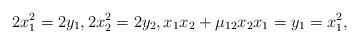
LaTeX: \begin{align*}2 x_1^2 = 2 y_1, 2 x_2^2 = 2 y_2, x_1 x_2 + \mu_{12} x_2 x_1 = y_1 = x_1^2,\end{align*}